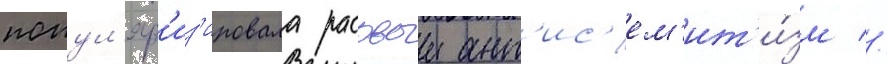
попул'яр'из'ировала расовыи ант'ис'ем'ит'и́зм //